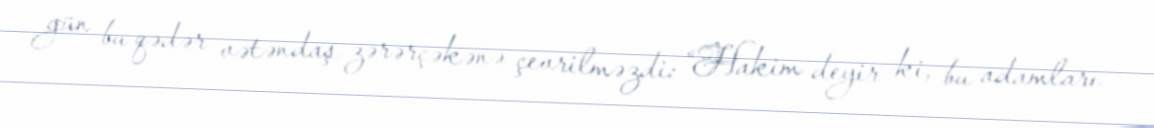
gün bu qədər vətəndaş zərərçəkənə çevrilməzdi: “Hakim deyir ki, bu adamları